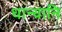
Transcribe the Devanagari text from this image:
धान्यानि